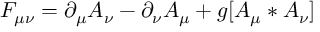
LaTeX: F _ { \mu \nu } = \partial _ { \mu } A _ { \nu } - \partial _ { \nu } A _ { \mu } + g [ A _ { \mu } * A _ { \nu } ]